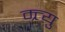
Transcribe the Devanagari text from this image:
म्र्त्यु